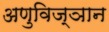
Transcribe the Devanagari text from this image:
अणुविज्ञान